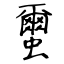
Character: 蠒